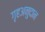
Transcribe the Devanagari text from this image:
गृहअनुदान